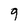
Character: 9